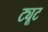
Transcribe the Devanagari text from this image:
ट्यूट